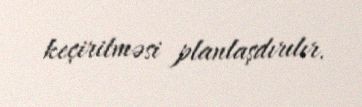
keçirilməsi planlaşdırılır.